Lunatic asylums Central Provinces reports 1895-1909 - 1895-1909
Year: 1895
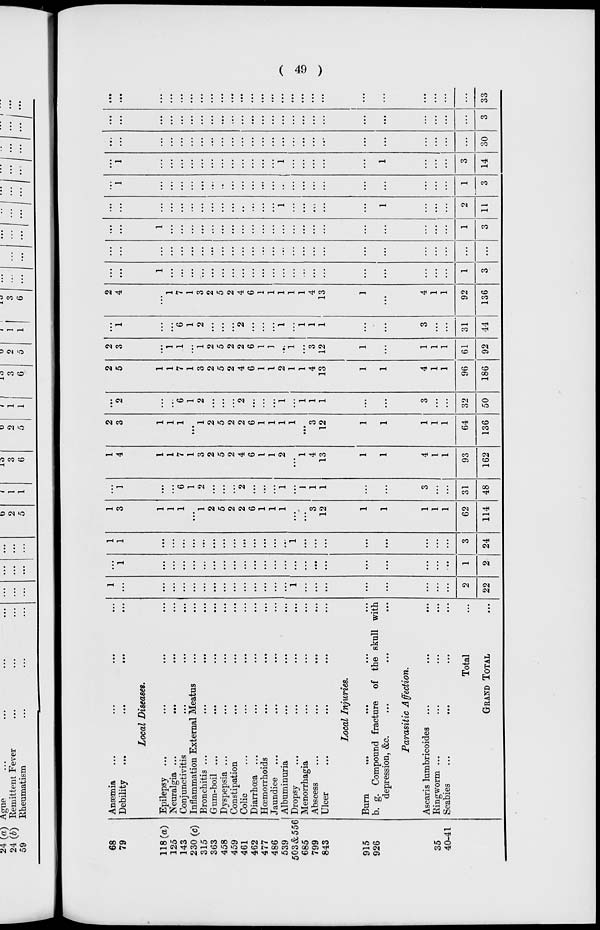
( 49 )
68
79
118(a)
125
143
230 (c)
315
363
458
459
461
462
477
486
539
503 & 556
685
799
843
915
926
35
40-41
Anæmia ... ... ... ...
Debility
...
...
...
...
Local Diseases.
Epilepsy ... ... ... ...
Neuralgia ...
...
...
Conjunctivitis ... ... ...
Inflammation External Meatus ... ...
Bronchitis ...
...
... ...
Gum-boil ...
...
...
...
Dyspepsia ... ... ... ...
Constipation ... ... ...
Colic ... ... ... ...
Diarrhœa ... ... ... ...
Hœmorrhoids ... ... ...
Jaundice
...
...
...
...
Albuminuria ... ... ...
Dropsy ... ... ... ...
Menorrhagia ... ... ...
Absess ... ... ... ...
Ulcer ... ... ... ...
Local Injuries.
Burn
...
...
...
...
b. g. Compound fracture of the skull with
depression, &c. ... ... ...
Parasitic
Affection.
Ascaris lumbricoides ... ... ...
Ringworm ... ... ... ...
Scabies
...
...
... ...
Total ...
GRAND TOTAL ...
1
...
...
...
...
...
...
...
...
...
...
...
...
...
...
1
...
...
...
...
...
...
...
...
2
22
...
1
...
...
...
...
...
...
...
...
...
...
...
...
...
...
...
...
...
...
...
...
...
...
1
2
1
1
...
...
...
...
...
...
...
...
...
...
...
...
...
1
...
...
...
...
...
...
...
...
3
24
1
3
1
1
1
...
1
2
5
2
2
6
1
1
1
...
...
3
12
1
1
1
1
1
62
114
...
1
...
...
6
1
2
...
...
...
2
...
...
...
1
...
1
1
1
...
...
3
...
...
31
48
1
4
1
1
7
1
3
2
5
2
4
6
1
1
2
...
1
4
13
1
1
4
1
1
93
162
2
3
1
1
1
...
1
2
5
2
2
6
1
1
1
1
...
3
12
1
1
1
1
1
64
136
...
2
...
...
6
1
2
...
...
...
2
...
...
...
1
...
1
1
1
...
...
3
...
...
32
50
2
5
1
1
7
1
3
2
5
2
4
6
1
1
2
1
1
4
13
1
1
4
1
1
96
186
2
3
...
1
1
...
1
2
5
2
2
6
1
1
...
1
...
3
12
1
...
1
1
1
61
92
...
1
...
...
6
1
2
...
...
...
2
...
...
...
1
...
1
1
1
...
...
3
...
...
31
44
2
4
...
1
7
1
3
2
5
2
4
6
1
1
1
1
1
4
13
1
...
4
1
1
92
136
...
...
1
...
...
...
...
...
...
...
...
...
...
...
...
...
...
...
...
...
...
...
...
...
1
3
...
...
...
...
...
...
...
...
...
...
...
...
...
...
...
...
...
...
...
...
...
...
...
...
...
...
...
...
1
...
...
...
...
...
...
...
...
...
...
...
...
...
...
...
...
...
...
...
...
...
1
3
...
...
...
...
...
...
...
...
...
...
...
...
...
...
1
...
...
...
...
...
1
...
...
...
2
11
...
1
...
...
...
...
...
...
...
...
...
...
...
...
...
...
...
...
...
...
...
...
...
...
1
3
...
1
...
...
...
...
...
...
...
...
...
...
...
...
1
...
...
...
...
...
1
...
...
...
3
14
...
...
...
...
...
...
...
...
...
...
...
...
...
...
...
...
...
...
...
...
...
...
...
...
...
30
...
...
...
...
...
...
...
...
...
...
...
...
...
...
...
...
...
...
...
...
...
...
...
...
...
3
...
...
...
...
...
...
...
...
...
...
...
...
...
...
...
...
...
...
...
...
...
...
...
...
...
33